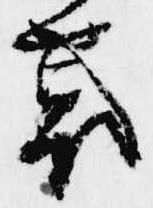
裏